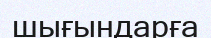
шығындарға